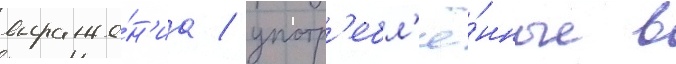
выраже́н'иа / употр'ебл'ё́нные в